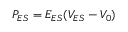
P _ { E S } = E _ { E S } ( V _ { E S } - V _ { 0 } )